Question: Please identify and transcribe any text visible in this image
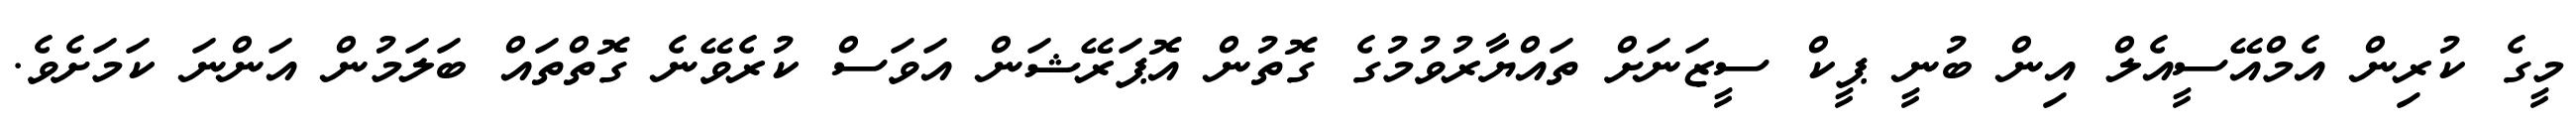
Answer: މީގެ ކުރިން އެމްއޭސީއެލް އިން ބުނީ ޕީކް ސީޒަނަށް ތައްޔާރުވުމުގެ ގޮތުން އޮޕަރޭޝަން އަވަސް ކުރެވޭނެ ގޮތްތައް ބަލަމުން އަންނަ ކަމަށެވެ.